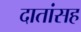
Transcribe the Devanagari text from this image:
दातांसह